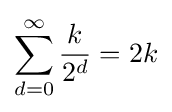
\sum _{d=0}^{\infty }{\frac {k}{2^{d}}}=2k